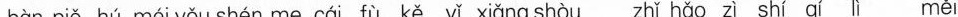
bàn piě hú méi yǒu shén me cái fù kě yǐ xiǎng shòu zhǐ hǎo zì shí qí lì měi